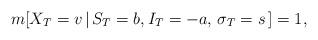
LaTeX: \begin{align*}m[X_T = v \, |\, S_T=b, I_T = -a, \, \sigma_T = s\, ] = 1,\end{align*}